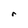
Character: r